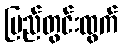
ပြည်တွင်းထွက်